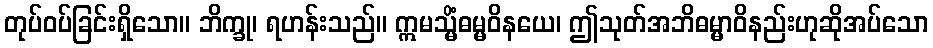
တုပ်ဝပ်ခြင်းရှိသော။ ဘိက္ခု၊ ရဟန်းသည်။ ဣမသ္မိံဓမ္မဝိနယေ၊ ဤသုတ်အဘိဓမ္မာဝိနည်းဟုဆိုအပ်သော